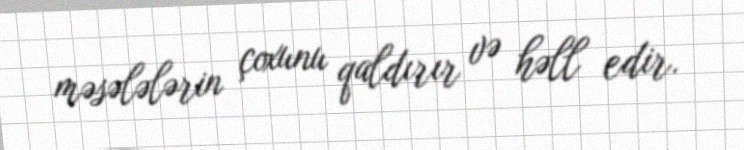
məsələlərin çoxunu qaldırır və həll edir.